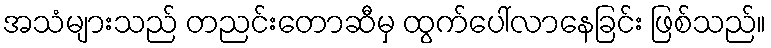
အသံများသည် တညင်းတောဆီမှ ထွက်ပေါ်လာနေခြင်း ဖြစ်သည်။